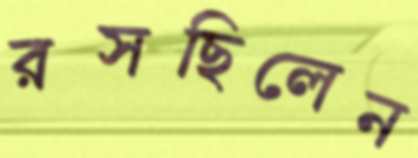
রসছিলেন